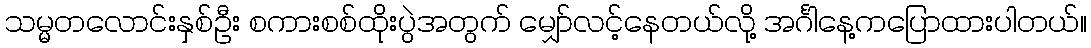
သမ္မတလောင်းနှစ်ဦး စကားစစ်ထိုးပွဲအတွက် မျှော်လင့်နေတယ်လို့ အင်္ဂါနေ့ကပြောထားပါတယ်။